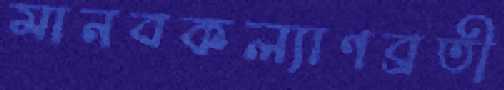
মানবকল্যাণব্রতী